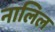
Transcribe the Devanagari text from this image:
नालिल